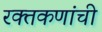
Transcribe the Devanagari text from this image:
रक्तकणांची